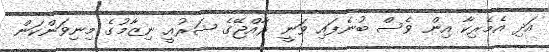
އަދި އެމެރިކާ އިން ވެސް ބުނެފައި ވަނީ ރާއްޖޭގެ ޝަރުއީ ނިޒާމުގެ މިނިވަންކަން